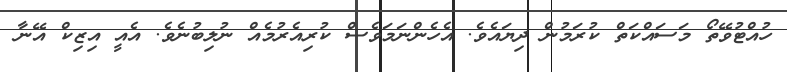
ހުއްޓުވޭތޯ މަސައްކަތް ކުރަމުން ދިޔައެވެ. އެހެންނަމަވެސް ކުރިއެރުމެއް ނުލިބުނެވެ. އެއީ އިޒިކް އޭނާ